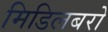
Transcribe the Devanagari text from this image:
मिडिलबरो